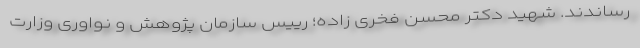
رساندند. شهید دکتر محسن فخری زاده؛ رییس سازمان پژوهش و نواوری وزارت